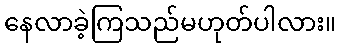
နေလာခဲ့ကြသည်မဟုတ်ပါလား။